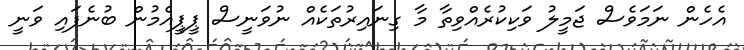
އެހެން ނަމަވެސް ޖަމީލު ވަކިކުރެއްވިތާ މާ ގިނައިރުތަކެއް ނުވަނީސް ޕީޕީއެމުން ބުނެފައި ވަނީ